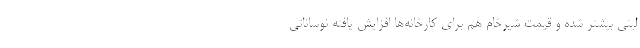
لبنی بیشتر شده و قیمت شیرخام هم برای کارخانه‌ها افزایش یافته نوساناتی